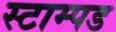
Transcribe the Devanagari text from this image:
स्टाम्पड